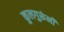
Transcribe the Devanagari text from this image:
कुलगुरूंनी